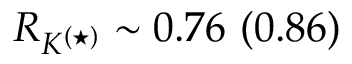
R _ { K ^ { ( \star ) } } \sim 0 . 7 6 ~ ( 0 . 8 6 )